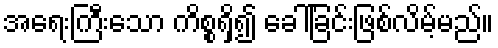
အရေးကြီးသော ကိစ္စရှိ၍ ခေါ်ခြင်းဖြစ်လိမ့်မည်။